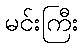
မင်းကြီး